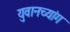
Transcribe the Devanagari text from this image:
युवानच्यांग